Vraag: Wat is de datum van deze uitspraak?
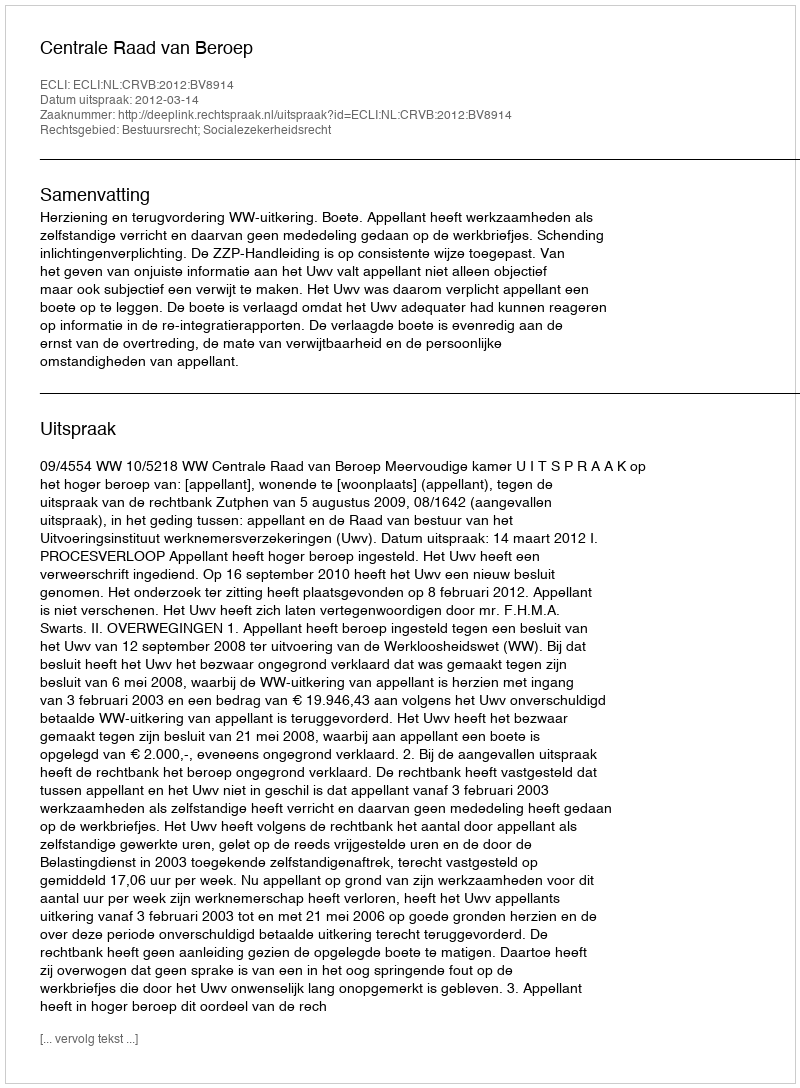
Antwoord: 2012-03-14